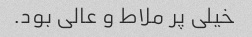
خیلی پر ملاط و عالی بود.